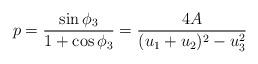
LaTeX: \begin{align*}p = \frac{\sin \phi_3}{1+\cos \phi_3} = \frac{4A}{(u_1+u_2)^2-u_3^2}\end{align*}